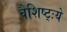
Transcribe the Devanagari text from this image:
वैशिष्ट्ःये